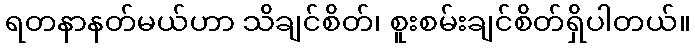
ရတနာနတ်မယ်ဟာ သိချင်စိတ်၊ စူးစမ်းချင်စိတ်ရှိပါတယ်။